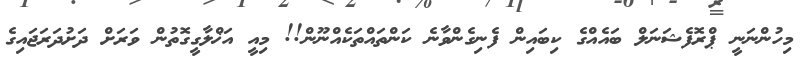
މިހުންނަނީ ޕްރޮފެޝަނަލް ބައެއްގެ ކިބައިން ފެނިގެންވާނެ ކަންތައްތަކެއްނޫން!! މިއީ އަޚްލާގީގޮތުން ވަރަށް ދަށުދަރަޖައިގެ